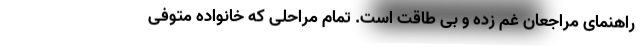
راهنمای مراجعان غم زده و بی طاقت است. تمام مراحلی که خانواده متوفی